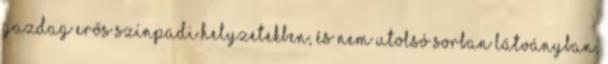
gazdag erős színpadi helyzetekben, és nem utolsó sorban látványban,